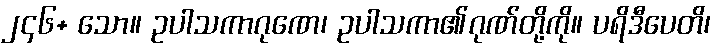
၂၄၆+ သော။ ဥပါသကာဂုဏေ၊ ဥပါသကာ၏ဂုဏ်တို့ကို။ ပရိဒီပေတိ၊